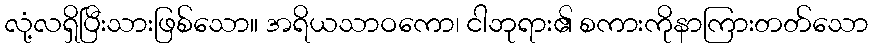
လုံ့လရှိပြီးသားဖြစ်သော။ အရိယသာဝကော၊ ငါဘုရား၏ စကားကိုနာကြားတတ်သော